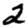
Digit: 2